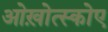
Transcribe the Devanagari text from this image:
ओख़ोत्स्कोए